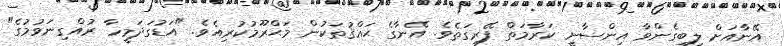
އޭނާއަށް ލިބިގެންވާ އިންސާނީ ކަރާމަތް ފޭރިގަތެވެ. އޭނާގެ ޙައްޤުތަކުން މަޙްރޫމުކުރިއެވެ. "އަޑުގަދަމީހާ ރުއްގިނަވުމުގެ"